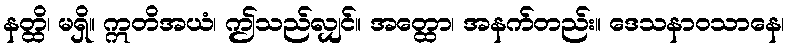
နတ္ထိ၊ မရှိ။ ဣတိအယံ၊ ဤသည်လျှင်။ အတ္ထော၊ အနက်တည်း။ ဒေသနာဝသာနေ၊